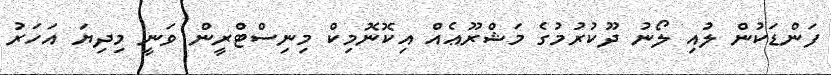
ފަންޑަކުން ލުއި ލޯނު ދޫކުރުމުގެ މަޝްރޫޢެއް އިކޮނޮމިކް މިނިސްޓްރީން ވަނީ މިދިޔަ އަހަރު